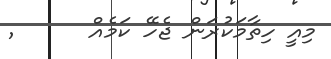
މިއީ ހިތާމަކުރަން ޖެހޭ ކަމެއް